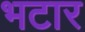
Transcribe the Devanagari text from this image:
भटार